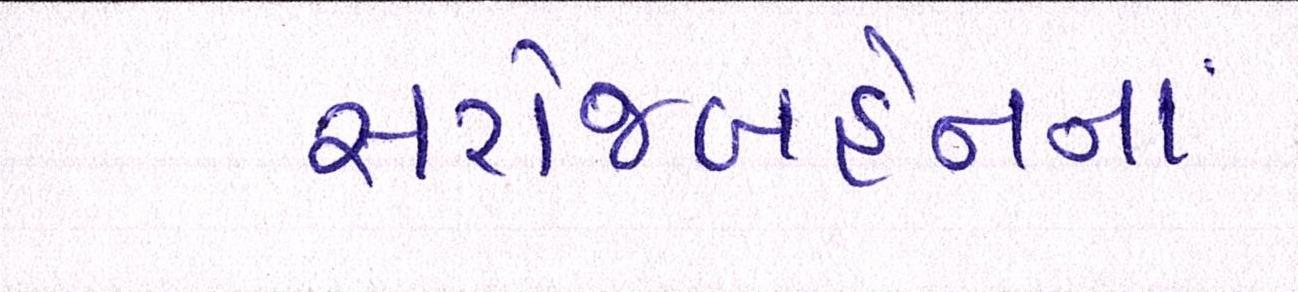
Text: સરોજબહેનનાં